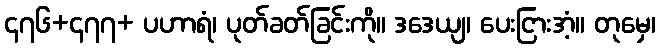
၄၇၆+၄၇၇+ ပဟာရံ၊ ပုတ်ခတ်ခြင်းကို။ ဒဒေယျ၊ ပေးငြားအံ့။ တုမှေ၊